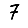
Digit: 7